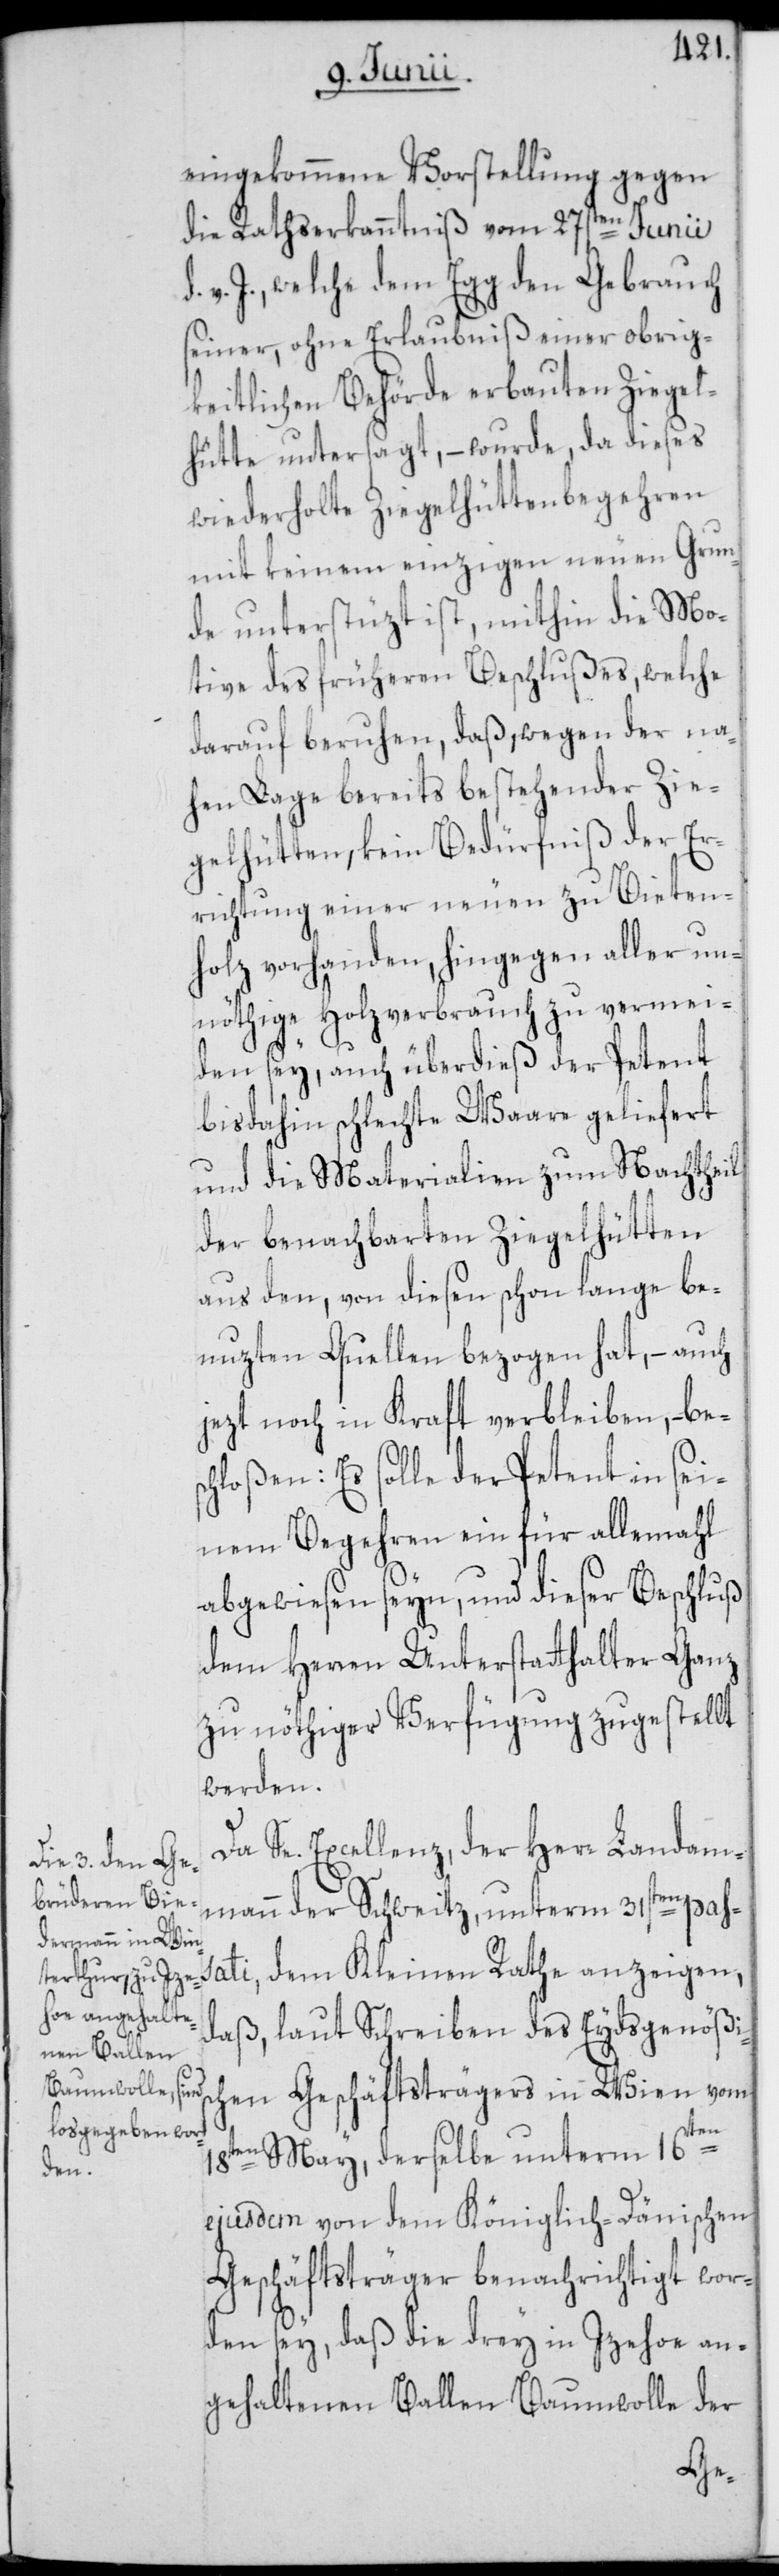
eingekommene Vorstellung gegen
die Rathserkanntniß vom 27sten Junii
v. J., welche dem Egg den Gebrauch
seiner, ohne Erlaubniß einer obrig¬
keitlichen Behörde erbauten Ziegel¬
hütte untersagt, – wurde, da dieses
wiederholte Ziegelhüttenbegehren
mit keinem einzigen neuen Grun¬
de unterstüzt ist, mithin die Mo¬
tive des früheren Beschlußes, welche
darauf beruhen, daß, wegen der na¬
hen Lage bereits bestehender Zie¬
gelhütten, kein Bedürfniß der Er¬
richtung einer neuen zu Bieten¬
holz vorhanden, hingegen aller un¬
nöthige Holzverbrauch zu vermei¬
den sey, auch überdieß der Petent
bisdahin schlechte Waare geliefert
und die Materialien zum Nachtheil
der benachbarten Ziegelhütten
aus den, von diesen schon lange be¬
nuzten Quellen bezogen hat, – auch
jezt noch in Kraft verbleiben, – bes¬
chloßen: Es solle der Petent in sei¬
nem Begehren ein für allemahl
abgewiesen seyn, und dieser Beschluß
dem Herren Unterstatthalter Ganz
zu nöthiger Verfügung zugestellt
werden.
Da Se. Excellenz, der Herr Landam¬
mann der Schweitz, unterm 31sten pas¬
sati, dem Kleinen Rathe anzeigen,
daß, laut Schreiben des Eydsgenößisc¬
hen Geschäftsträgers in Wien vom
18ten May, derselbe unterm 16ten
ejusdem von dem Königlich-Dänischen
Geschäftsträger benachrichtigt wor¬
den sey, daß die drey in Izehoe an¬
gehaltenen Ballen Baumwolle der